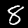
Digit: 8